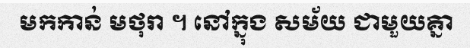
មកកាន់ មថុរា ។ នៅក្នុង សម័យ ជាមួយគ្នា